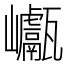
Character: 𡿕